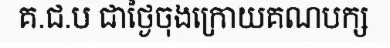
គ.ជ.ប ជាថ្ងៃចុងក្រោយគណបក្ស